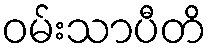
ဝမ်းသာပီတိ